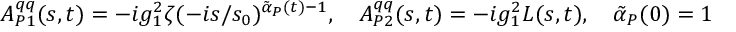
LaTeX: A _ { { \cal P } 1 } ^ { q q } ( s , t ) = - i g _ { 1 } ^ { 2 } \zeta ( - i s / s _ { 0 } ) ^ { \tilde { \alpha } _ { \cal P } ( t ) - 1 } , \quad A _ { { \cal P } 2 } ^ { q q } ( s , t ) = - i g _ { 1 } ^ { 2 } L ( s , t ) , \quad \tilde { \alpha } _ { \cal P } ( 0 ) = 1